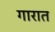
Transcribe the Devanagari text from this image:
गारात